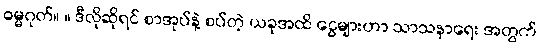
ဓမ္မဂုတ်။ ။ ဒီလိုဆိုရင် စာအုပ်နဲ့ စပ်တဲ့ ယခုအထိ ငွေများဟာ သာသနာရေး အတွက်